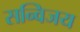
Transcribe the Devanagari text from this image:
सन्विजय